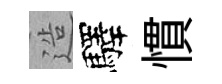
造驛慣